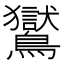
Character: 鸑